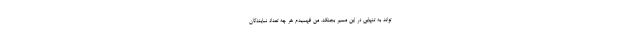
‌تواند به تنهایی در این مسیر بجنگد. من فهمیدم هر چه تعداد نمایندگان